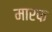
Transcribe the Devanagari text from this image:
मारफ